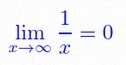
\lim_{x\to\infty}\frac{1}{x}=0